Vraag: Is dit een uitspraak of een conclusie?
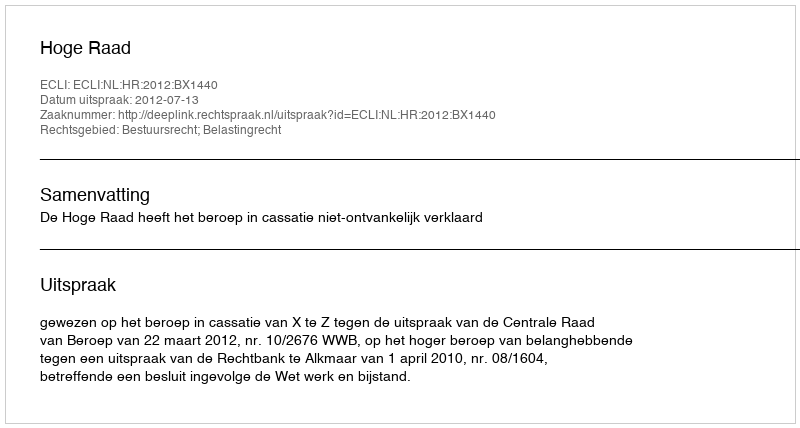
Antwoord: Uitspraak